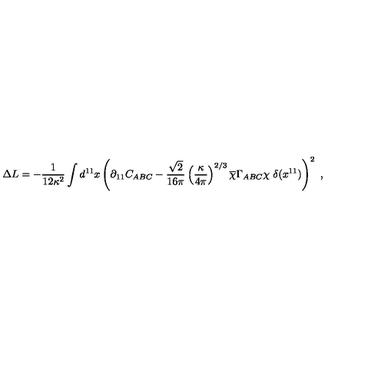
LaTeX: \Delta L = - { \frac { 1 } { 1 2 \kappa ^ { 2 } } } \int d ^ { 1 1 } x \left( \partial _ { 1 1 } C _ { A B C } - { \frac { \sqrt { 2 } } { 1 6 \pi } } \left( { \frac { \kappa } { 4 \pi } } \right) ^ { 2 / 3 } \overline { { \chi } } \Gamma _ { A B C } \chi \ \delta ( x ^ { 1 1 } ) \right) ^ { 2 } \ ,